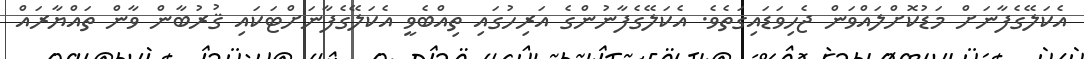
އެކަލޭގެފާނަށް މަޑުކޮށްލައްވަން ޖެހިވަޑައިގަތެވެ. އެކަލޭގެފާނުންގެ އަރިހުގައި ތިއްބެވީ އެކަލޭގެފާނަށްޓަކައި ޤުރުބާން ވާން ތައްޔާރައް